Scottish Leaving Certificate Examination, 1951
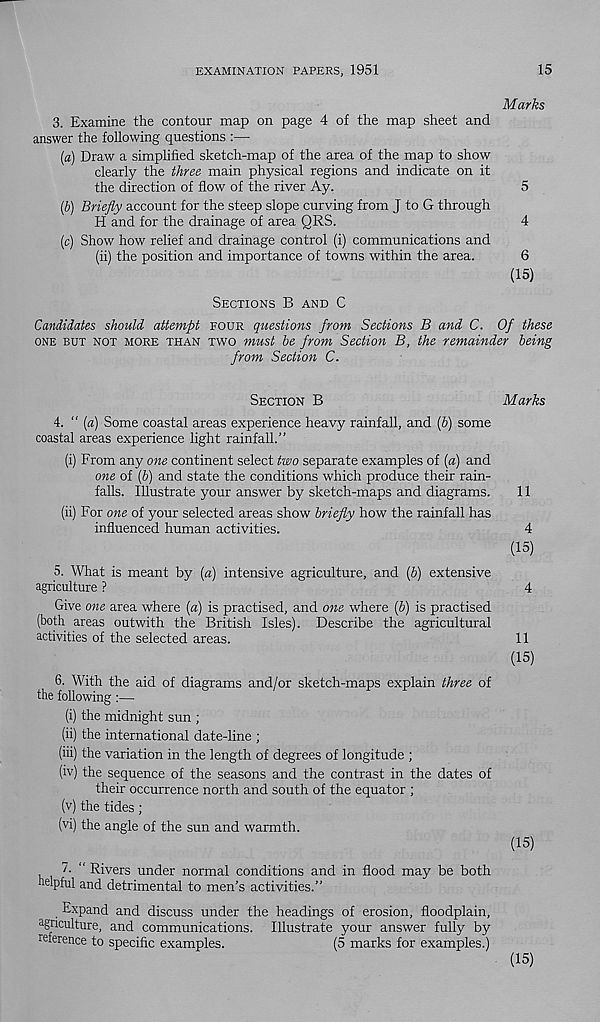
EXAMINATION PAPERS, 1951
15
Marks
3.
Examine the contour map on page 4 of the map sheet an
answer the following questions :—
{a) Draw a simplified sketch-map of the area of the map to show
clearly the three main physical regions and indicate on it
the direction of flow of the river Ay.
5
(b) Briefly account for the steep slope curving from J to G through
H and for the drainage of area QRS.
4
(c) Show how relief and drainage control (i) communications and
(ii)
the position and importance of towns w
(15)
SECTIONS B AND C
Candidates should attempt FOUR questions from Sections B and C. Of these
ONE BUT NOT MORE THAN TWO must be from Section B, the remainder being
from Section C.
SECTION B
Marks
4. " (a) Some coastal areas experience heavy rainfall, and (6) some
coastal areas experience light rainfall.”
(i) From any one continent select two separate examples of [a) and
one of [b) and state the conditions which produce their rain-
falls. Illustrate your answer by sketch-maps and diagrams.
11
(ii) For one of your selected areas show briefly how the rainfall has
influenced human activities.
4
(15)
5. What is meant by (a) intensive agriculture, and (5) extensive
agriculture ?
4
Give one area where [a) is practised, and one where lb) is practised
(both areas outwith the British Isles). Describe the agricultural
activities of the selected areas.
11
(15)
6. With the aid of diagrams and/or sketch-maps explain three of
the following:—
(i) the midnight sun ;
(ii) the international date-line ;
(iii) the variation in the length of degrees of longitude ;
(iv) the sequence of the seasons and the contrast in the dates of
their occurrence north and south of the equator ;
(v) the tides;
(vi) the angle of the sun and warmth.
(15)
/ - “ Rivers under normal conditions and in flood may be both
helpful and detrimental to men’s activities.”
Expand and discuss under the headings of erosion, floodplain,
agriculture, and communications. Illustrate your answer fully by
reference to specific examples.
(5 marks for examples.)
(15)